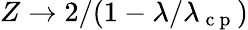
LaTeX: Z\to 2/(1-\lambda/\lambda_{\mathrm{~c~p~}})